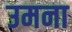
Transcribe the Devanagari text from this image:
उमना